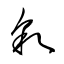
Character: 敘